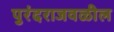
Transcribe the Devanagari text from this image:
पुरंदराजवळील